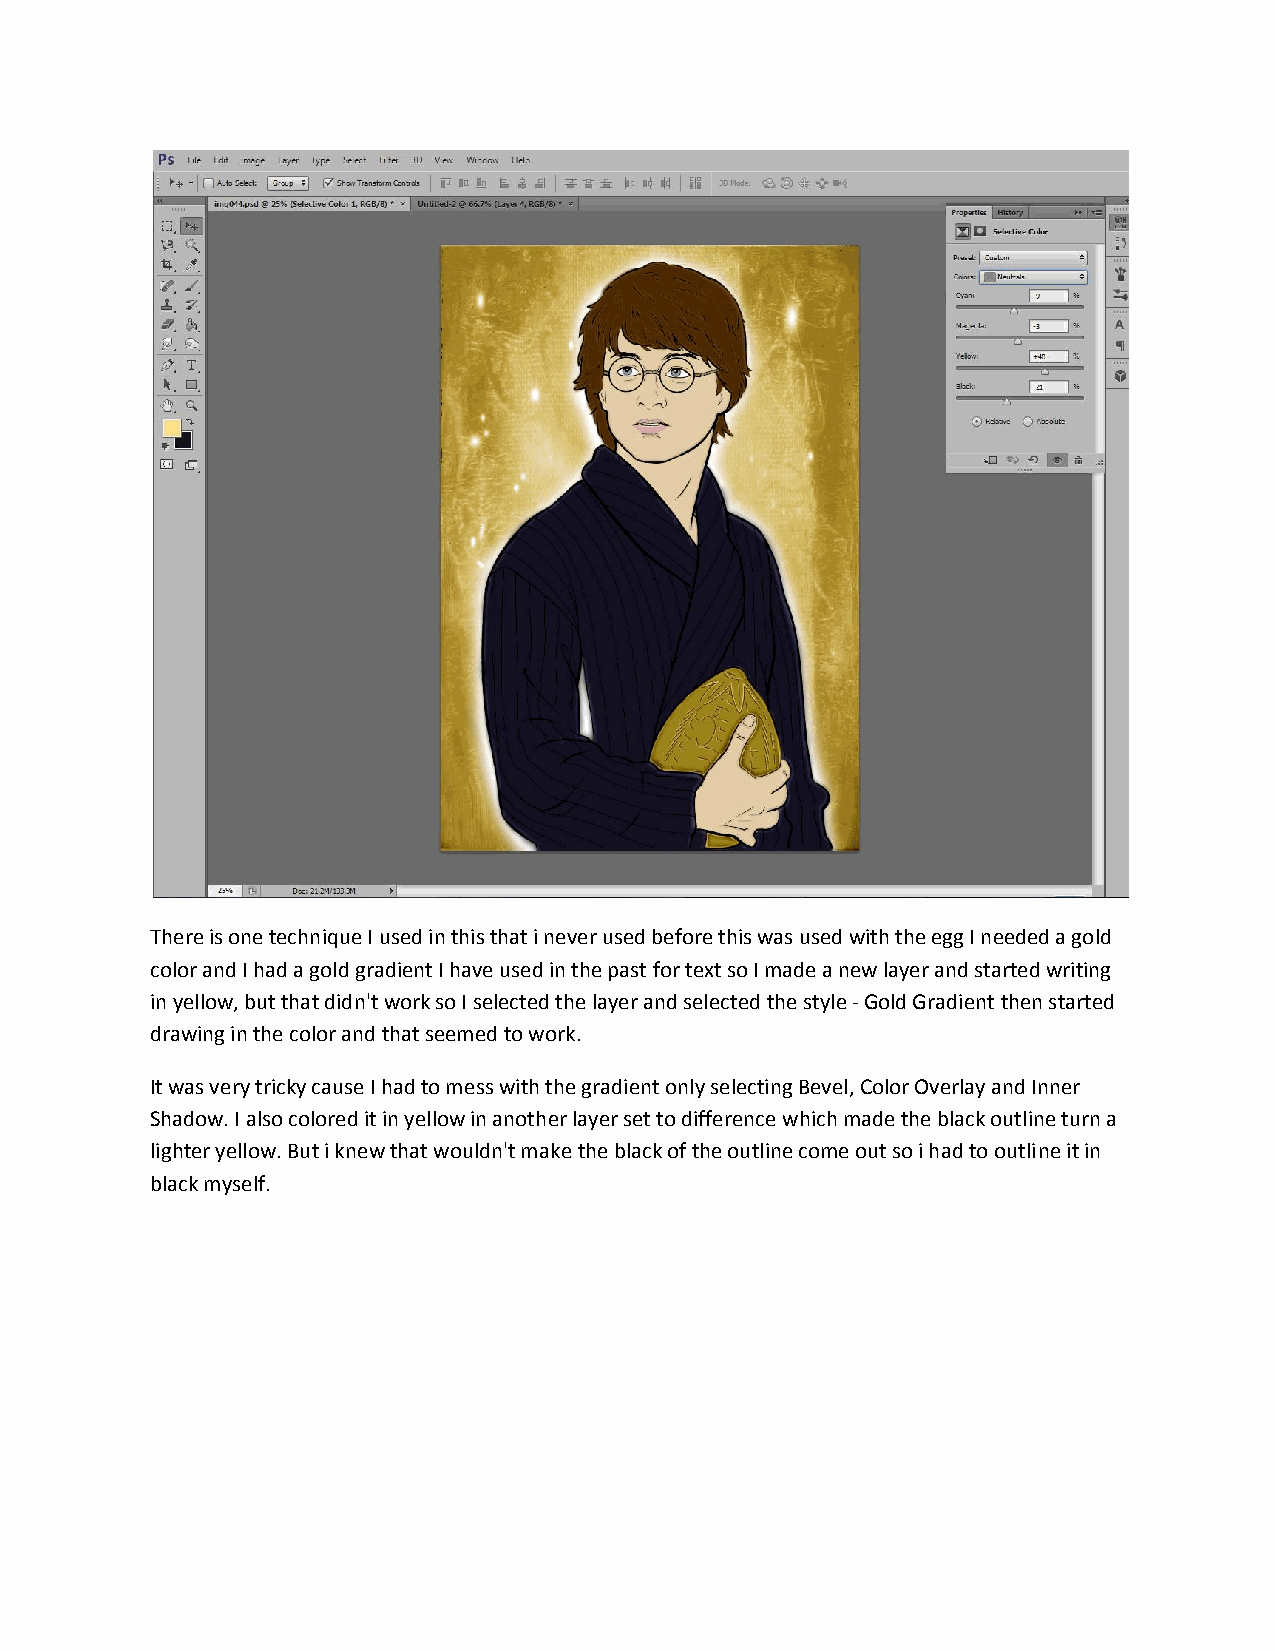
There is one technique I used in this that i never used before this was used with the egg I needed a gold
 color and I had a gold gradient I have used in the past for text so I made a new layer and started writing
 in yellow, but that didn't work so I selected the layer and selected the style - Gold Gradient then started
 drawing in the color and that seemed to work.
 It was very tricky cause I had to mess with the gradient only selecting Bevel, Color Overlay and Inner
 Shadow. I also colored it in yellow in another layer set to difference which made the black outline turn a
 lighter yellow. But i knew that wouldn't make the black of the outline come out so i had to outline it in
 black myself.